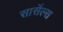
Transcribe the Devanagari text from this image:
सार्सेल्स